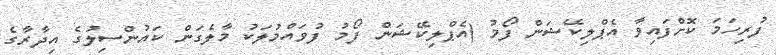
ފުރިހަމަ ކޮށްފައިވާ އެޕްލިކޭޝަން ފޯމު (އެޕްލިކޭޝަން ފޯމު ފުވައްމުލަކު މާލެގަން ކައުންސިލުގެ އިދާރާގެ